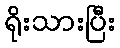
ရိုးသားပြီး